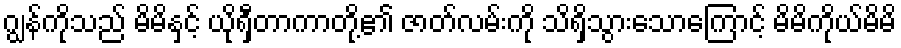
ဂျွန်ကိုသည် မိမိနှင့် ယိုရှီတာကာတို့၏ ဇာတ်လမ်းကို သိရှိသွားသောကြောင့် မိမိကိုယ်မိမိ